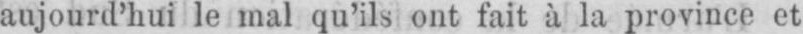
aujourd’hui le mal qu’ils ont fait à la province et